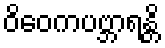
ဝိဝေကပဗ္ဘာရန္တိ